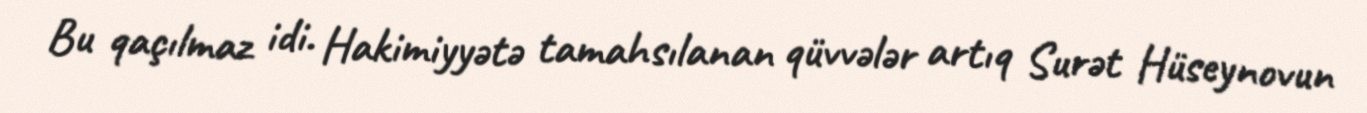
Bu qaçılmaz idi. Hakimiyyətə tamahsılanan qüvvələr artıq Surət Hüseynovun